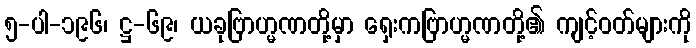
၅-ပါ-၁၉၆၊ ဋ္ဌ-၆၉၊ ယခုဗြာဟ္မဏတို့မှာ ရှေးကဗြာဟ္မဏတို့၏ ကျင့်ဝတ်များကို